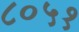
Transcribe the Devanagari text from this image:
८०५१